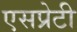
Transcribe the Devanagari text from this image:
एसप्रेटी